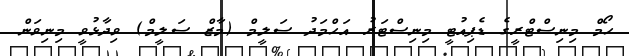
ހޯމް މިނިސްޓްރީގެ ޑެޕިއުޓީ މިނިސްޓަރު އަހްމަދު ސަލީމް (މާޒް ސަލީމް) ވިދާޅުވީ މިނިވަން